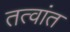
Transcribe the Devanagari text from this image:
तत्वांत